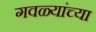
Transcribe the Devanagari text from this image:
गवळ्यांच्या